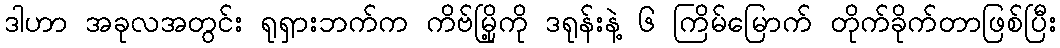
ဒါဟာ အခုလအတွင်း ရုရှားဘက်က ကိဗ်မြို့ကို ဒရုန်းနဲ့ ၆ ကြိမ်မြောက် တိုက်ခိုက်တာဖြစ်ပြီး